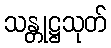
သန္တုဋ္ဌသုတ်